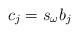
LaTeX: \begin{align*}c_{j}=s_{\omega}b_{j}\end{align*}